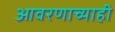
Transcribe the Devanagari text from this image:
आवरणाच्याही